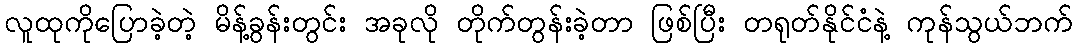
လူထုကိုပြောခဲ့တဲ့ မိန့်ခွန်းတွင်း အခုလို တိုက်တွန်းခဲ့တာ ဖြစ်ပြီး တရုတ်နိုင်ငံနဲ့ ကုန်သွယ်ဘက်